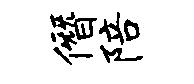
僭陪